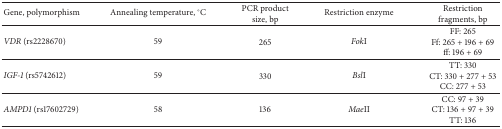
<table><thead><tr><td><b>Gene, polymorphism</b></td><td><b>Annealing temperature, °C</b></td><td><b>PCR product size, bp</b></td><td><b>Restriction enzyme</b></td><td><b>Restriction fragments, bp</b></td></tr></thead><tbody><tr><td><i>VDR </i>(rs2228670)</td><td>59</td><td>265</td><td><i>Fok</i>I</td><td>FF: 265Ff: 265 + 196 + 69ff: 196 + 69</td></tr><tr><td><i>IGF-1</i> (rs5742612)</td><td>59</td><td>330</td><td><i>Bsl</i>I</td><td>TT: 330CT: 330 + 277 + 53CC: 277 + 53</td></tr><tr><td><i>AMPD1</i> (rs17602729)</td><td>58</td><td>136</td><td><i>Mae</i>II</td><td>CC: 97 + 39CT: 136 + 97 + 39TT: 136</td></tr></tbody></table>